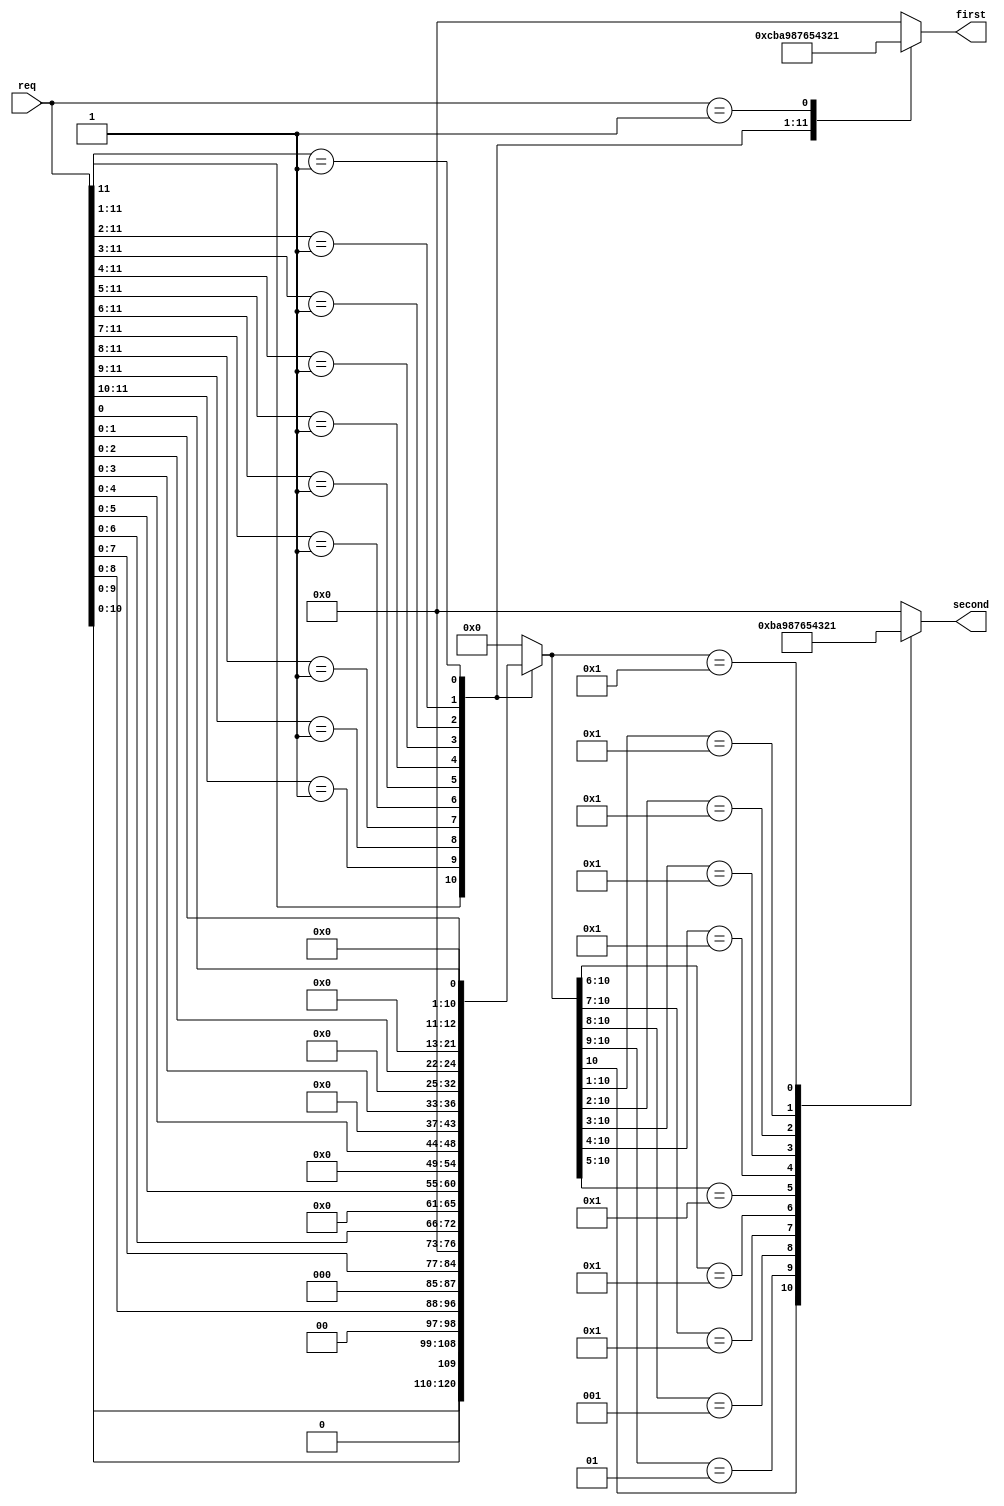
module dp_enc
  (
   input wire [11:0] req,
   output reg [3:0] first, second
   );
   
   // to store the result after removing the highest priority signal
   reg [11:0] 	     interim;
   
   always @*
     begin
	 // find the highest priority signal and then 
	 casez (req)
	  12'b1???????????:
	    begin
	       interim = {1'b0, req[10:0]};
	       first = 12;
	    end
	  12'b01??????????:
	    begin
	       interim = {2'b00, req[9:0]};
	       first = 11;
	    end
	  12'b001?????????:
	    begin
	       interim = {3'b000, req[8:0]};
	       first = 10;
	    end
	  12'b0001????????:
	    begin
	       interim = {4'b0000, req[7:0]};
	       first = 9;
	    end
	  12'b00001???????:
	    begin
	       interim = {5'b00000, req[6:0]};
	       first = 8;
	    end
	  12'b000001??????:
	    begin
	       interim = {6'b000000, req[5:0]};
	       first = 7;
	    end
	  12'b0000001?????:
	    begin
	       interim = {7'b0000000, req[4:0]};
	       first = 6;
	    end
	  12'b00000001????:
	    begin
	       interim = {8'b00000000, req[3:0]};
	       first = 5;
	    end
	  12'b000000001???:
	    begin
	       interim = {9'b000000000, req[2:0]};
	       first = 4;
	    end
	  12'b0000000001??:
	    begin
	       interim = {10'b0000000000, req[1:0]};
	       first = 3;
	    end
	  12'b00000000001?:
	    begin
	       interim = {11'b00000000000, req[0]};
	       first = 2;
	    end
	  12'b000000000001:
	    begin
	       interim = 12'b000000000000;
	       first = 1;
	    end
	  default:
	    begin
	       interim = 12'b000000000000;
	       first = 0;
	    end
	endcase // casez (req)
	
	casez (interim)
	  12'b01??????????:
	    second = 11;
	  12'b001?????????:
	    second = 10;
	  12'b0001????????:
	    second = 9;
	  12'b00001???????:
	    second = 8;
	  12'b000001??????:
	    second = 7;
	  12'b0000001?????:
	    second = 6;
	  12'b00000001????:
	    second = 5;
	  12'b000000001???:
	    second = 4;
	  12'b0000000001??:
	    second = 3;
	  12'b00000000001?:
	    second = 2;
	  12'b000000000001:
	    second = 1;
	  default:
	    second = 0;
	endcase // casez (interim)
  end // always @ *

endmodule // dp_enc